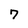
Character: 7